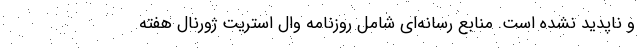
و ناپدید نشده است. منابع رسانه‌ای شامل روزنامه وال استریت ژورنال هفته